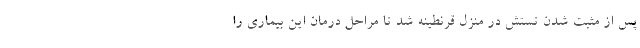
پس از مثبت شدن تستش در منزل قرنطینه شد تا مراحل درمان این بیماری را